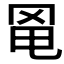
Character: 𦊣